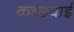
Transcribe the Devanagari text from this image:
कच्छवाई